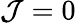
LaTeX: \mathcal{J}=0